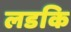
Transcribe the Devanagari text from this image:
लडकि